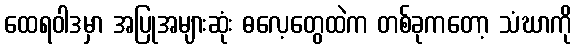
ထေရဝါဒမှာ အပြုအများဆုံး ဓလေ့တွေထဲက တစ်ခုကတော့ သံဃာကို